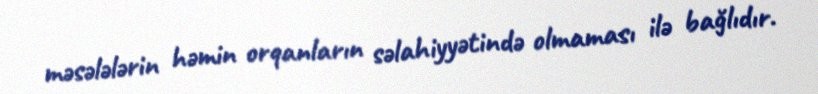
məsələlərin həmin orqanların səlahiyyətində olmaması ilə bağlıdır.